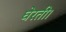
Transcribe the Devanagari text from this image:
घेरती।